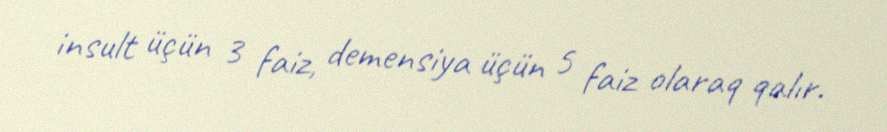
insult üçün 3 faiz, demensiya üçün 5 faiz olaraq qalır.